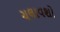
ચલાવશો